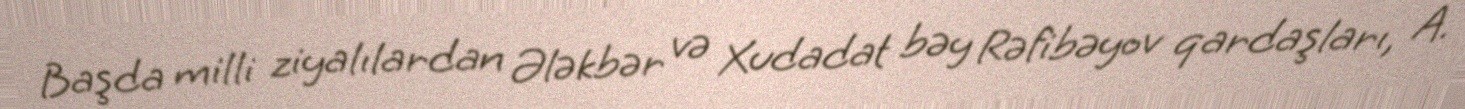
Başda milli ziyalılardan Ələkbər və Xudadat bəy Rəfibəyov qardaşları, A.